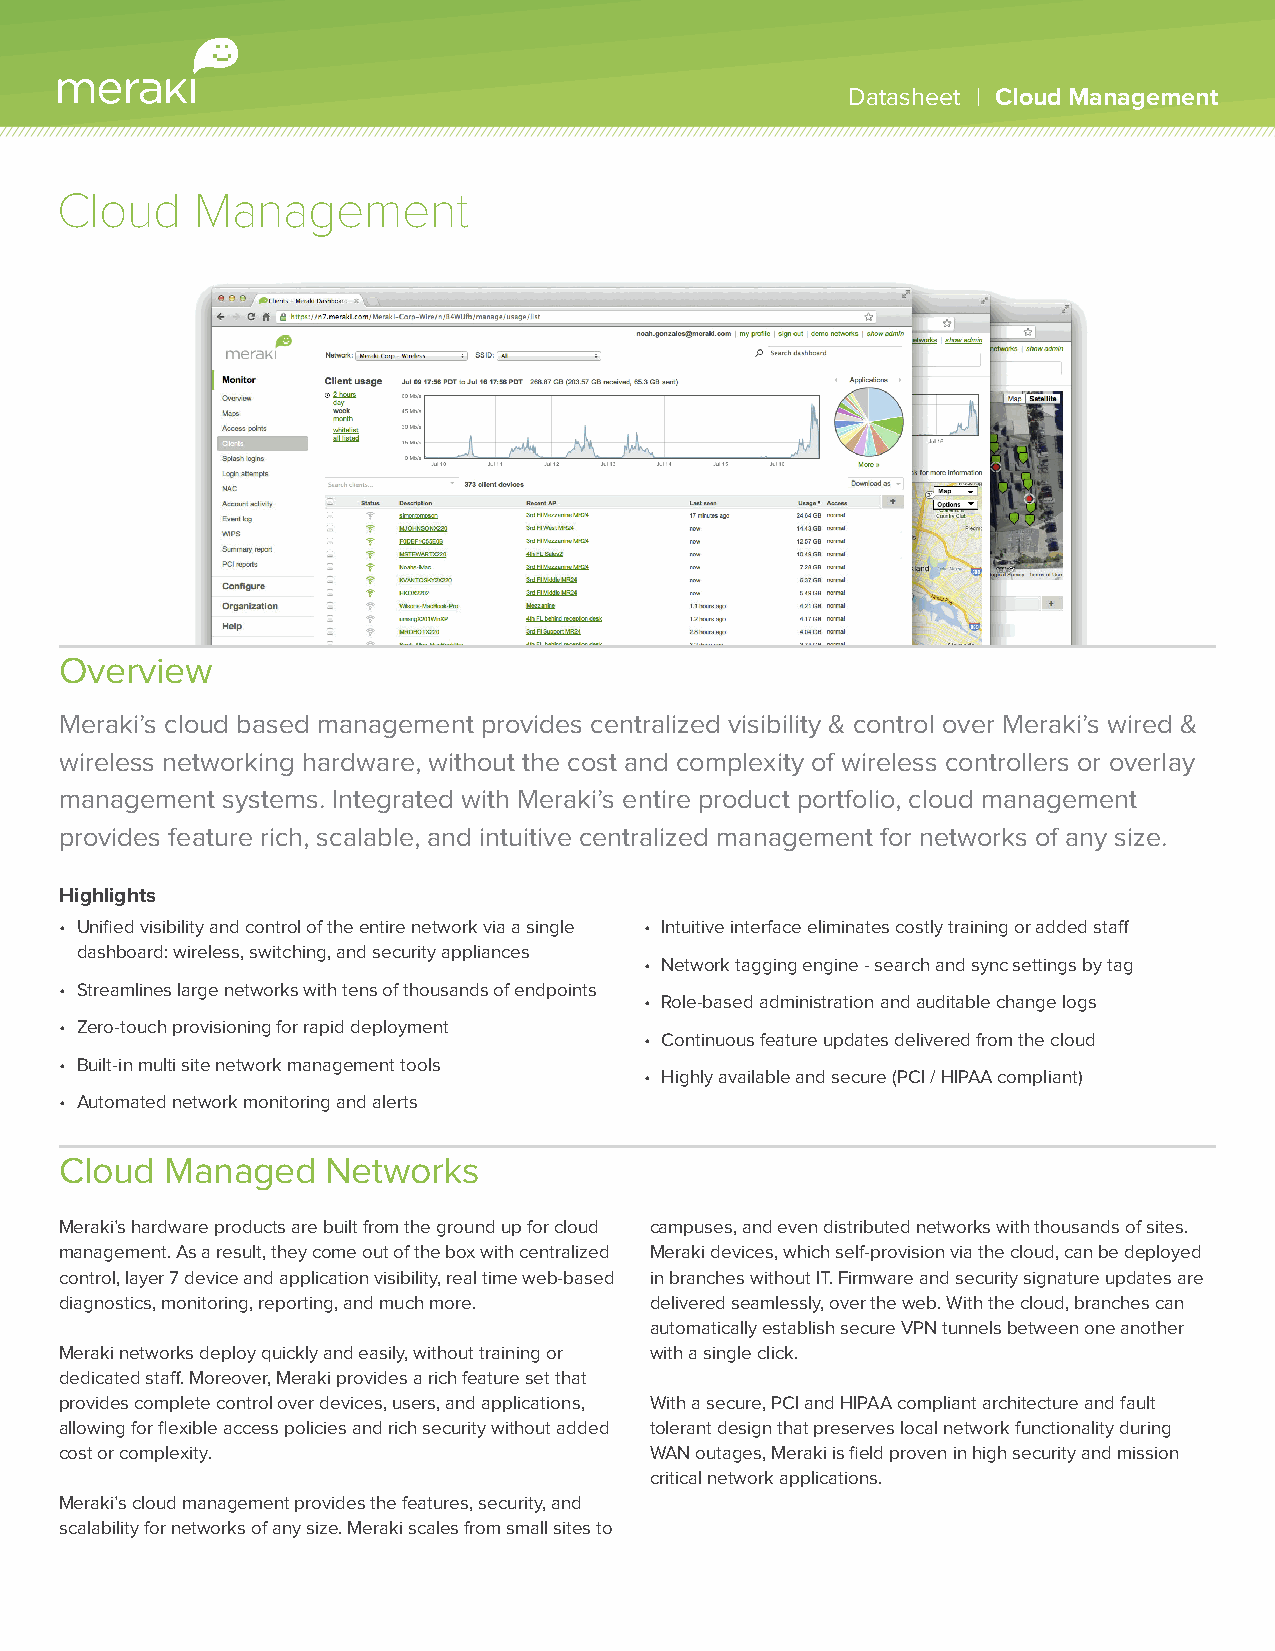
Datasheet | Cloud Management
 Cloud    Management
 Overview
 Meraki’s cloud based management provides centralized visibility & control over Meraki’s wired &
 wireless networking hardware, without the cost and complexity of wireless controllers or overlay
 management systems. Integrated with Meraki’s entire product portfolio, cloud management
 provides feature rich, scalable, and intuitive centralized management for networks of any size.
 Highlights
 • Unified visibility and control of the entire network via a single • Intuitive interface eliminates costly training or added staff
 dashboard: wireless, switching, and security appliances
 • Network tagging engine - search and sync settings by tag
 • Streamlines large networks with tens of thousands of endpoints
 • Role-based administration and auditable change logs
 • Zero-touch provisioning for rapid deployment
 • Continuous feature updates delivered from the cloud
 • Built-in multi site network management tools
 • Highly available and secure (PCI / HIPAA compliant)
 • Automated network monitoring and alerts
 Cloud  Managed    Networks
 Meraki’s hardware products are built from the ground up for cloud campuses, and even distributed networks with thousands of sites.
 management. As a result, they come out of the box with centralized Meraki devices, which self-provision via the cloud, can be deployed
 control, layer 7 device and application visibility, real time web-based in branches without IT. Firmware and security signature updates are
 diagnostics, monitoring, reporting, and much more. delivered seamlessly, over the web. With the cloud, branches can
 automatically establish secure VPN tunnels between one another
 Meraki networks deploy quickly and easily, without training or with a single click.
 dedicated staff. Moreover, Meraki provides a rich feature set that
 provides complete control over devices, users, and applications, With a secure, PCI and HIPAA compliant architecture and fault
 allowing for flexible access policies and rich security without added tolerant design that preserves local network functionality during
 cost or complexity.                    WAN outages, Meraki is field proven in high security and mission
 critical network applications.
 Meraki’s cloud management provides the features, security, and
 scalability for networks of any size. Meraki scales from small sites to